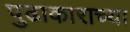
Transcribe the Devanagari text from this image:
पुढाकाराच्या